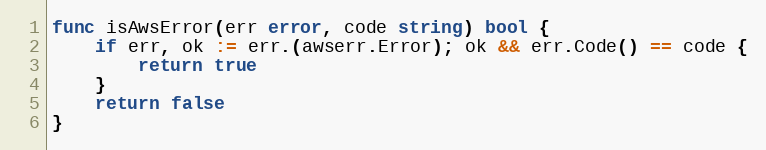
Language: Go
func isAwsError(err error, code string) bool {
	if err, ok := err.(awserr.Error); ok && err.Code() == code {
		return true
	}
	return false
}